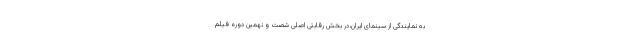
به نمایندگی از سینمای ایران،در بخش رقابتی اصلی شصت و نهمین دوره فیلم